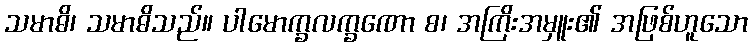
သမာဓိ၊ သမာဓိသည်။ ပါမောက္ခလက္ခဏော စ၊ အကြိးအမှူး၏ အဖြစ်ဟူသော